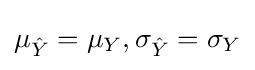
\mu _{\hat {Y}}=\mu _{Y},\sigma _{\hat {Y}}=\sigma _{Y}